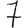
Digit: 7